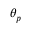
\theta _ { p }